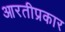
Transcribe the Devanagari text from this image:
आरतीप्रकार